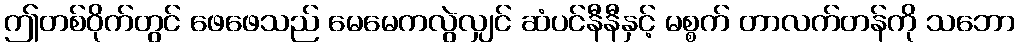
ဤတစ်ဝိုက်တွင် ဖေဖေသည် မေမေကလွဲလျှင် ဆံပင်နီနီနှင့် မစ္စက် တာလက်တန်ကို သဘော